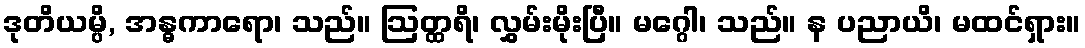
ဒုတိယမ္ပိ, အန္ဓကာရော၊ သည်။ ဩတ္ထရိ၊ လွှမ်းမိုးပြီ။ မဂ္ဂေါ၊ သည်။ န ပညာယိ၊ မထင်ရှား။